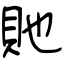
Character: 貤